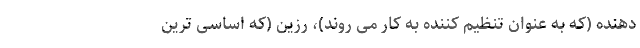
دهنده (که به عنوان تنظیم کننده به کار می روند)، رزین (که اساسی ترین